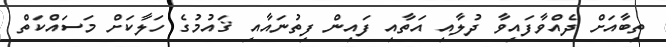
ތިބާއަށް ދެއްވާފައިވާ ދުލާއި އަތާއި ފައިން ފިތުނައާއި ޤައުމުގެ ހަލާކަށް މަސައްކަތް